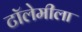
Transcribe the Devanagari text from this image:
टॉलेमीला